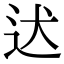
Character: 迖